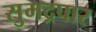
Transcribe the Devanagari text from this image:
सुमद्रपार